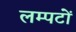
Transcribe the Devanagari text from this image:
लम्पटों